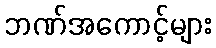
ဘဏ်အကောင့်များ